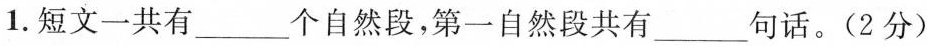
1.短文一共有___个自然段，第一自然段共有___句话。(2分)